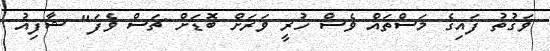
ވަގުތު ފައިގެ މަސްތައް ވެސް ހުރީ ވަރަށް ބޮޑަށް ޗަސް ވެފަ" ޝާފިއު